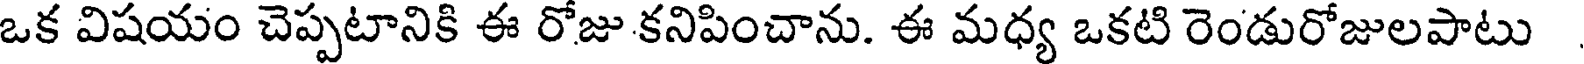
ఒక విషయం చెప్పటానికి ఈ రోజు కనిపించాను. ఈ మధ్య ఒకటి రెండురోజులపాటు